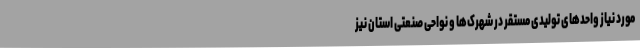
مورد نیاز واحدهای تولیدی مستقر در شهرک‌ها و نواحی صنعتی استان نیز